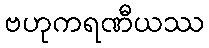
ဗဟုကရဏီယဿ